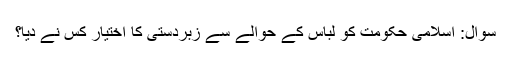
سوال: اسلامی حکومت کو لباس کے حوالے سے زبردستی کا اختیار کس نے دیا؟